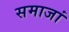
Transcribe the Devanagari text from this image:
समाजां